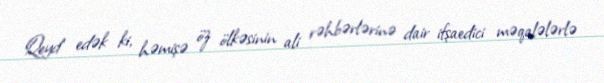
Qeyd edək ki, həmişə öz ölkəsinin ali rəhbərlərinə dair ifşaedici məqalələrlə